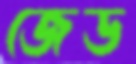
জেড